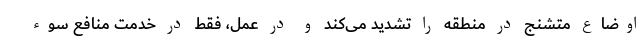
اوضاع متشنج در منطقه را تشدید می‌کند و در عمل، فقط در خدمت منافع سوء